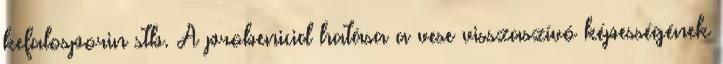
kefalosporin stb. A probenicid hatása a vese visszaszívó képességének